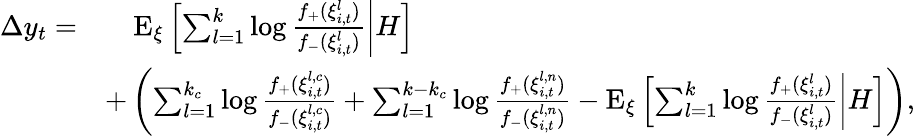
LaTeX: \begin{array}{rl}{\Delta y_{t}=}&{\quad\mathrm{E}_{\xi}\left[\left.\sum_{l=1}^{k}\log\frac{f_{+}(\xi_{i,t}^{l})}{f_{-}(\xi_{i,t}^{l})}\right|H\right]}\\ &{+\left(\sum_{l=1}^{k_{c}}\log\frac{f_{+}(\xi_{i,t}^{l,c})}{f_{-}(\xi_{i,t}^{l,c})}+\sum_{l=1}^{k-k_{c}}\log\frac{f_{+}(\xi_{i,t}^{l,n})}{f_{-}(\xi_{i,t}^{l,n})}-\mathrm{E}_{\xi}\left[\left.\sum_{l=1}^{k}\log\frac{f_{+}(\xi_{i,t}^{l})}{f_{-}(\xi_{i,t}^{l})}\right|H\right]\right),}\end{array}